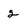
Character: 2